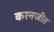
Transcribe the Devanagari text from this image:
करनजीत